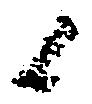
候